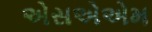
એસએએમ